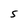
Character: S